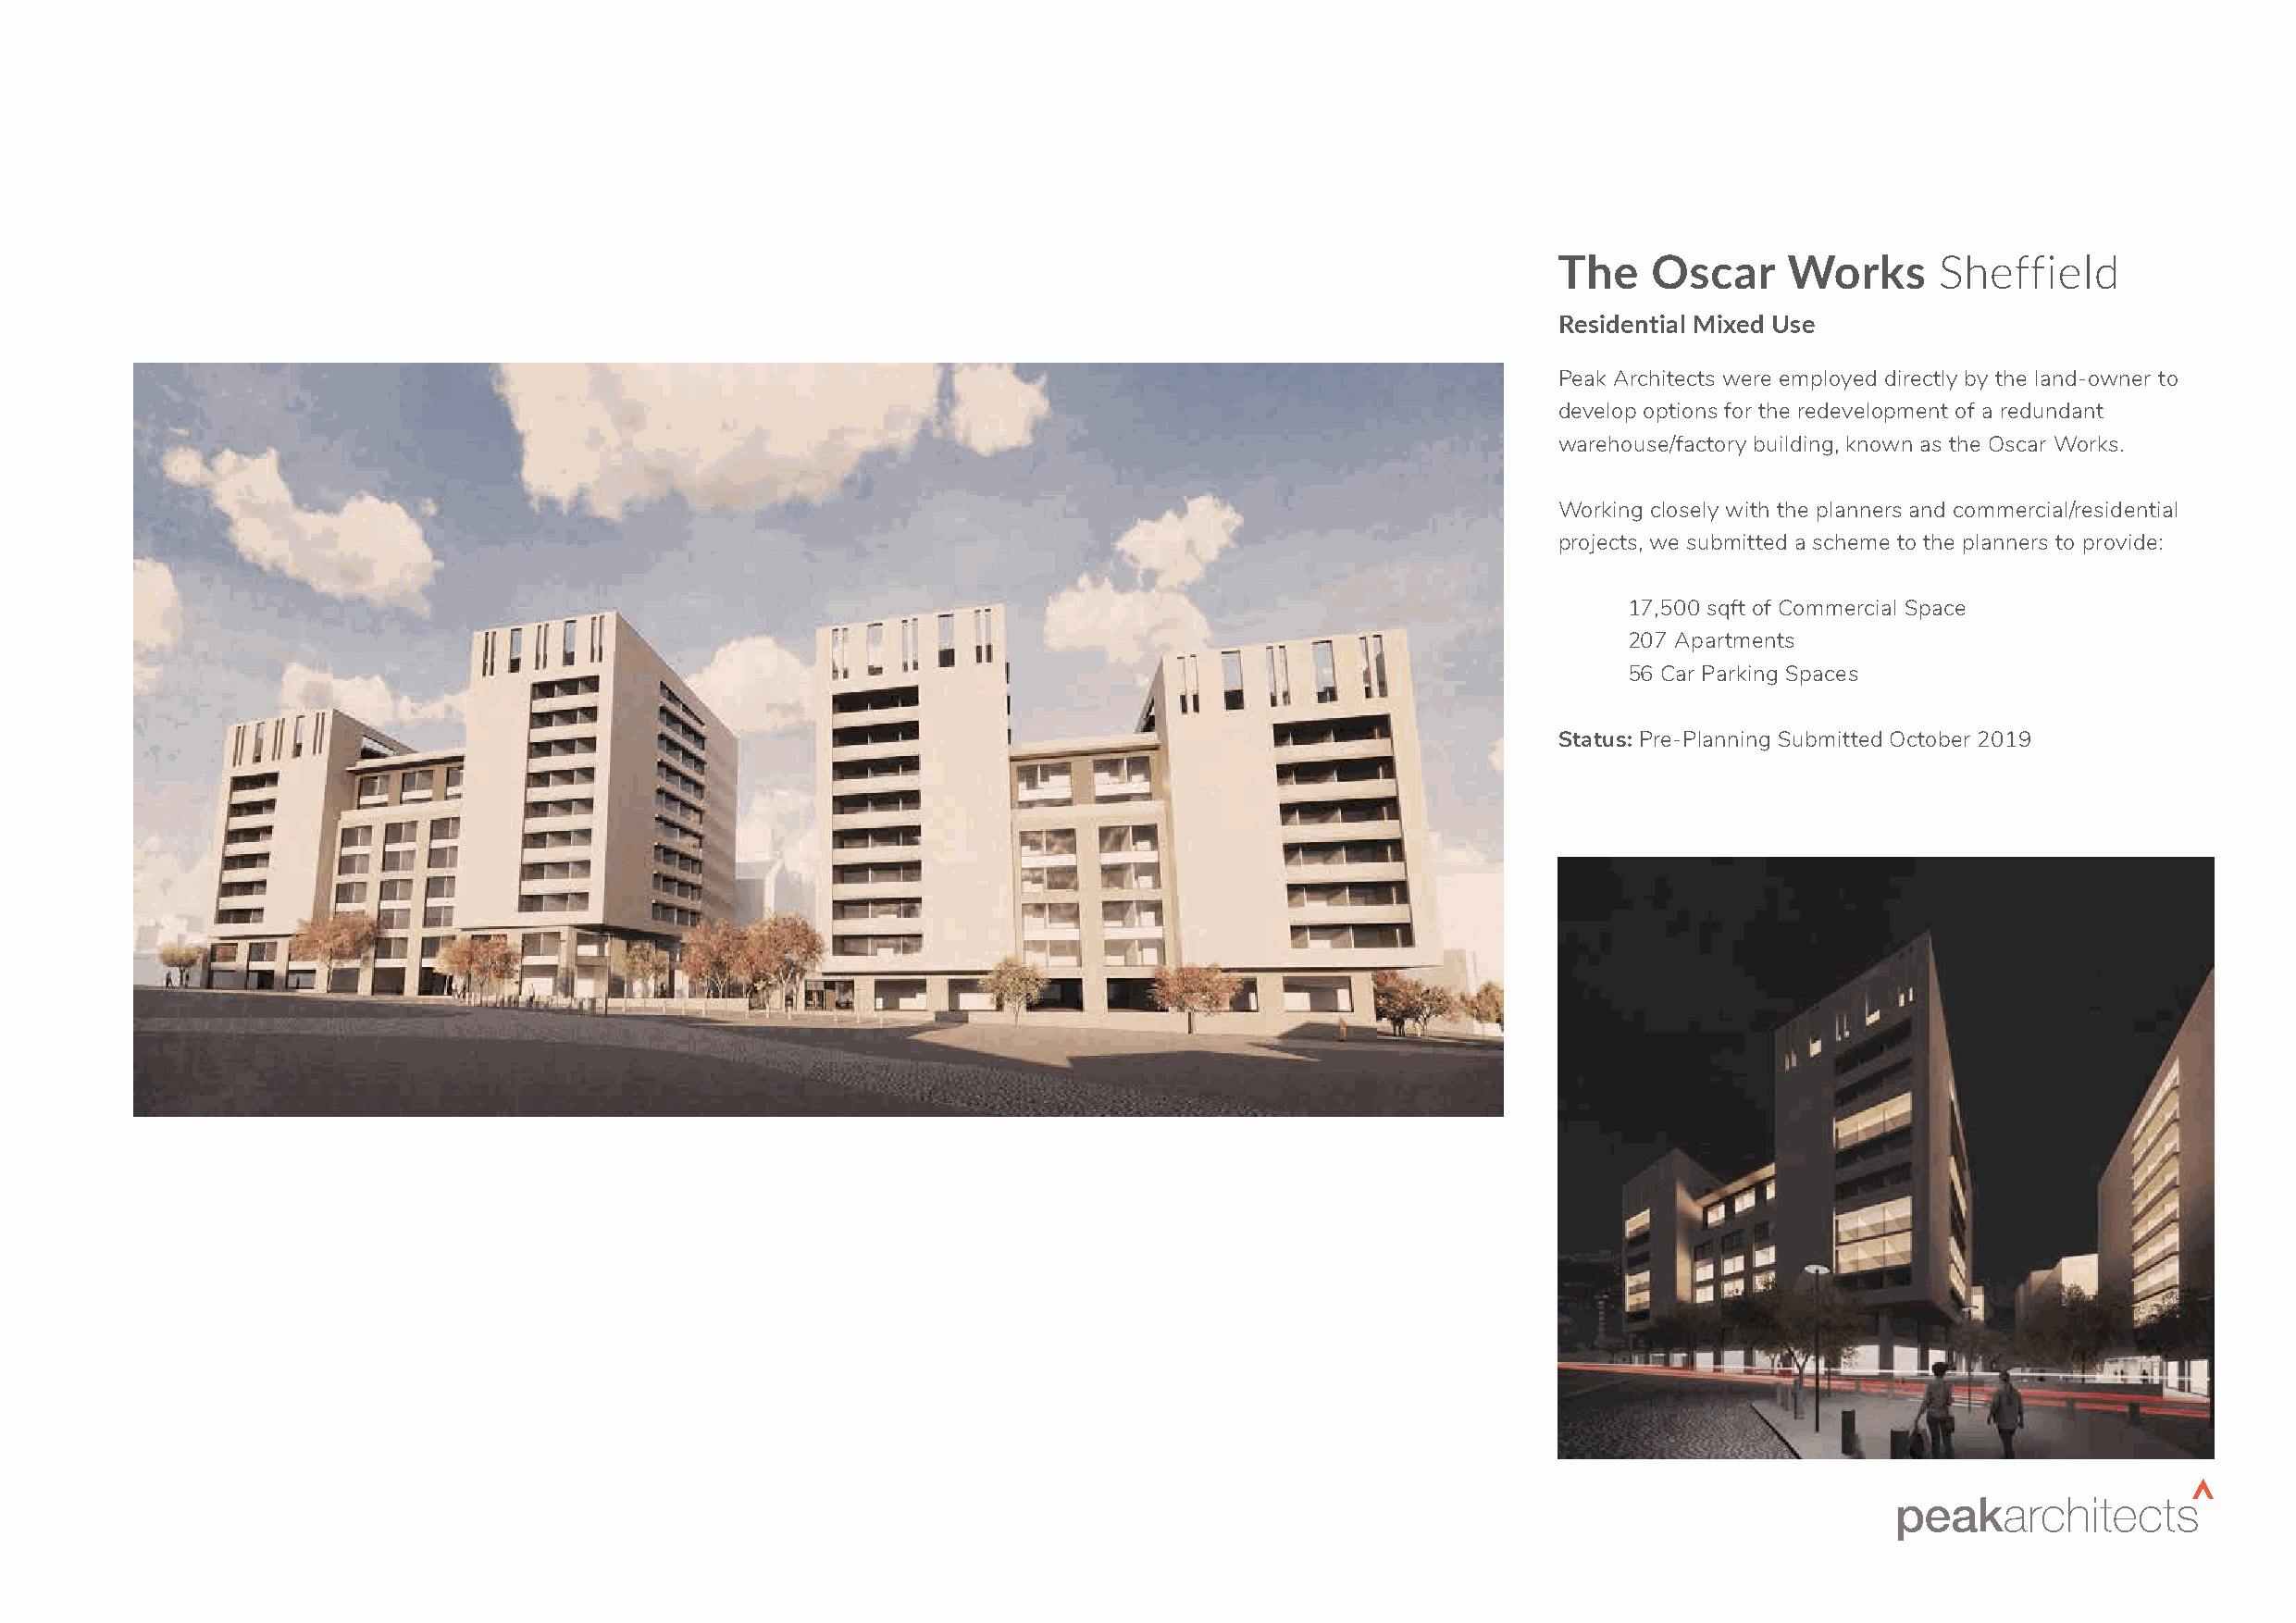
The    Oscar     Works      Sheffield
 Residential Mixed Use
 Peak Architects were employed directly by the land-owner to
 develop options for the redevelopment of a redundant
 warehouse/factory building, known as the Oscar Works.
 Working closely with the planners and commercial/residential
 projects, we submitted a scheme to the planners to provide:
 17,500 sqft of Commercial Space
 207 Apartments
 56 Car Parking Spaces
 Status: Pre-Planning Submitted October 2019